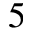
^ { 5 }